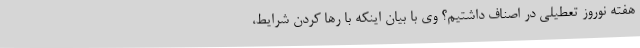
هفته نوروز تعطیلی در اصناف داشتیم؟ وی با بیان اینکه با رها کردن شرایط،